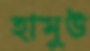
হামুউ